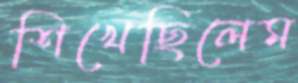
শিখেছিলেম